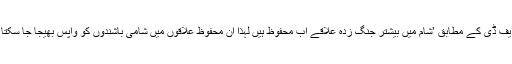
اے ایف ڈی کے مطابق ’شام میں بیشتر جنگ زدہ علاقے اب محفوظ ہیں لہٰذا ان محفوظ علاقوں میں شامی باشندوں کو واپس بھیجا جا سکتا ہے۔